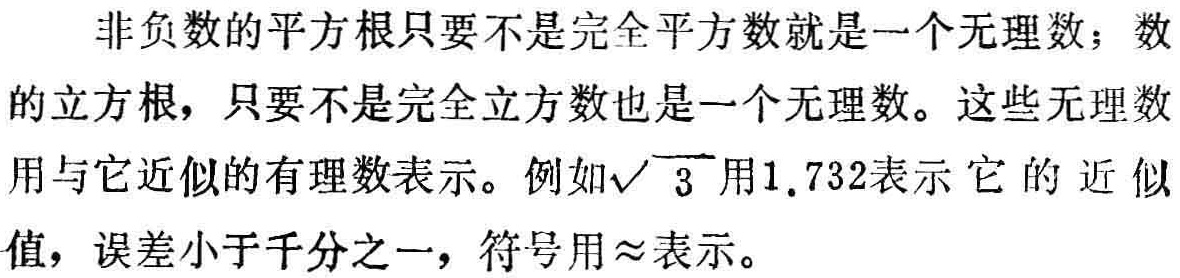
非负数的平方根只要不是完全平方数就是一个无理数；数的立方根，只要不是完全立方数也是一个无理数。这些无理数用与它近似的有理数表示。例如$\sqrt{3}$用$1.732$表示它的近似值，误差小于千分之一，符号用$\approx$表示。